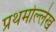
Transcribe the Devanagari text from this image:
प्रथमोल्लेख